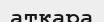
аткара